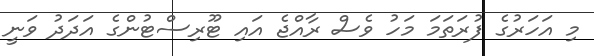
މި އަހަރުގެ ފުރަތަމަ މަހު ވެސް ރާއްޖެ އައި ޓޫރިސްޓުންގެ އަދަދު ވަނީ